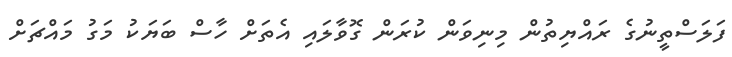
ފަލަސްތީނުގެ ރައްޔިތުން މިނިވަން ކުރަން ގޮވާލައި އެތަށް ހާސް ބަޔަކު މަގު މައްޗަށް